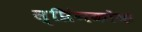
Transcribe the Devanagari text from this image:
स्प्रिंगकोक